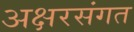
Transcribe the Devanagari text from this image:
अक्षरसंगत